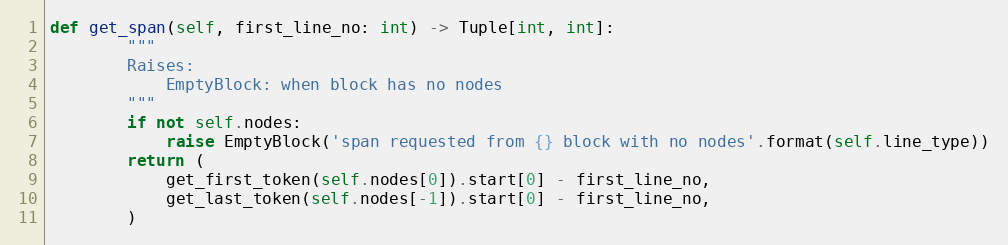
Language: Python
def get_span(self, first_line_no: int) -> Tuple[int, int]:
        """
        Raises:
            EmptyBlock: when block has no nodes
        """
        if not self.nodes:
            raise EmptyBlock('span requested from {} block with no nodes'.format(self.line_type))
        return (
            get_first_token(self.nodes[0]).start[0] - first_line_no,
            get_last_token(self.nodes[-1]).start[0] - first_line_no,
        )